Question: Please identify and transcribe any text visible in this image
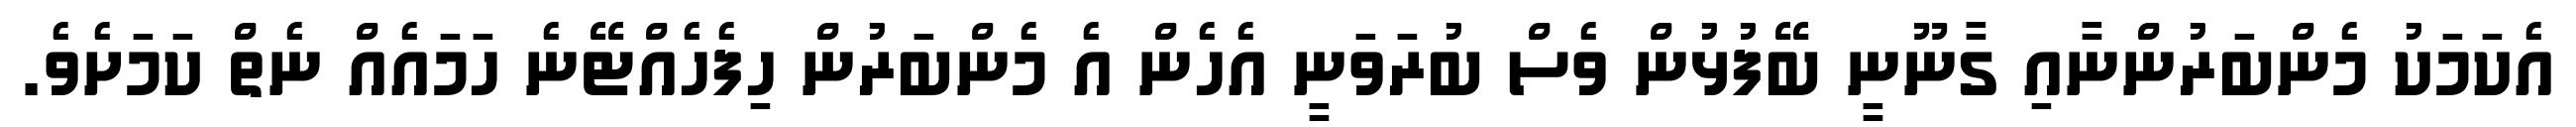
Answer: އެކަމަކު މެންބަރުންނާއި ގާނޫނީ ބޭފުޅުން ވެސް ބުރަވަނީ އެހެން އެ މެންބަރުން ހިފެހެއްޓޭނެ ހަމައެއް ނެތް ކަމަށެވެ.